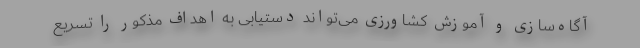
آگاه‌سازی و آموزش کشاورزی می‌تواند دستیابی به اهداف مذکور را تسریع